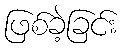
ဖြစ်ခဲ့ခြင်း